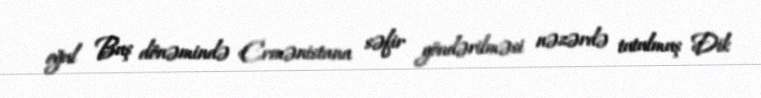
oğul Buş dönəmində Ermənistana səfir göndərilməsi nəzərdə tutulmuş Dik